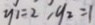
y _ { 1 } = 2 , y _ { 2 } = 1